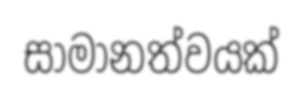
සාමානත්වයක්